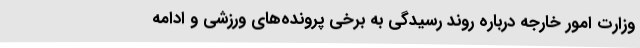
وزارت امور خارجه درباره روند رسیدگی به برخی پرونده‌های ورزشی و ادامه